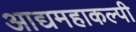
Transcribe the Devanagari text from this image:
आद्यमहाकल्पी